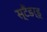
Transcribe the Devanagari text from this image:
स्टैंडर्ड्